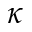
\kappa